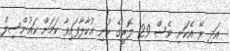
އަދި ރޭ އެކަނި ވެސް 29 ލޮރީގެ ކުނި އުކާލާފައިވާ ކަމަށް ކައުންސިލް